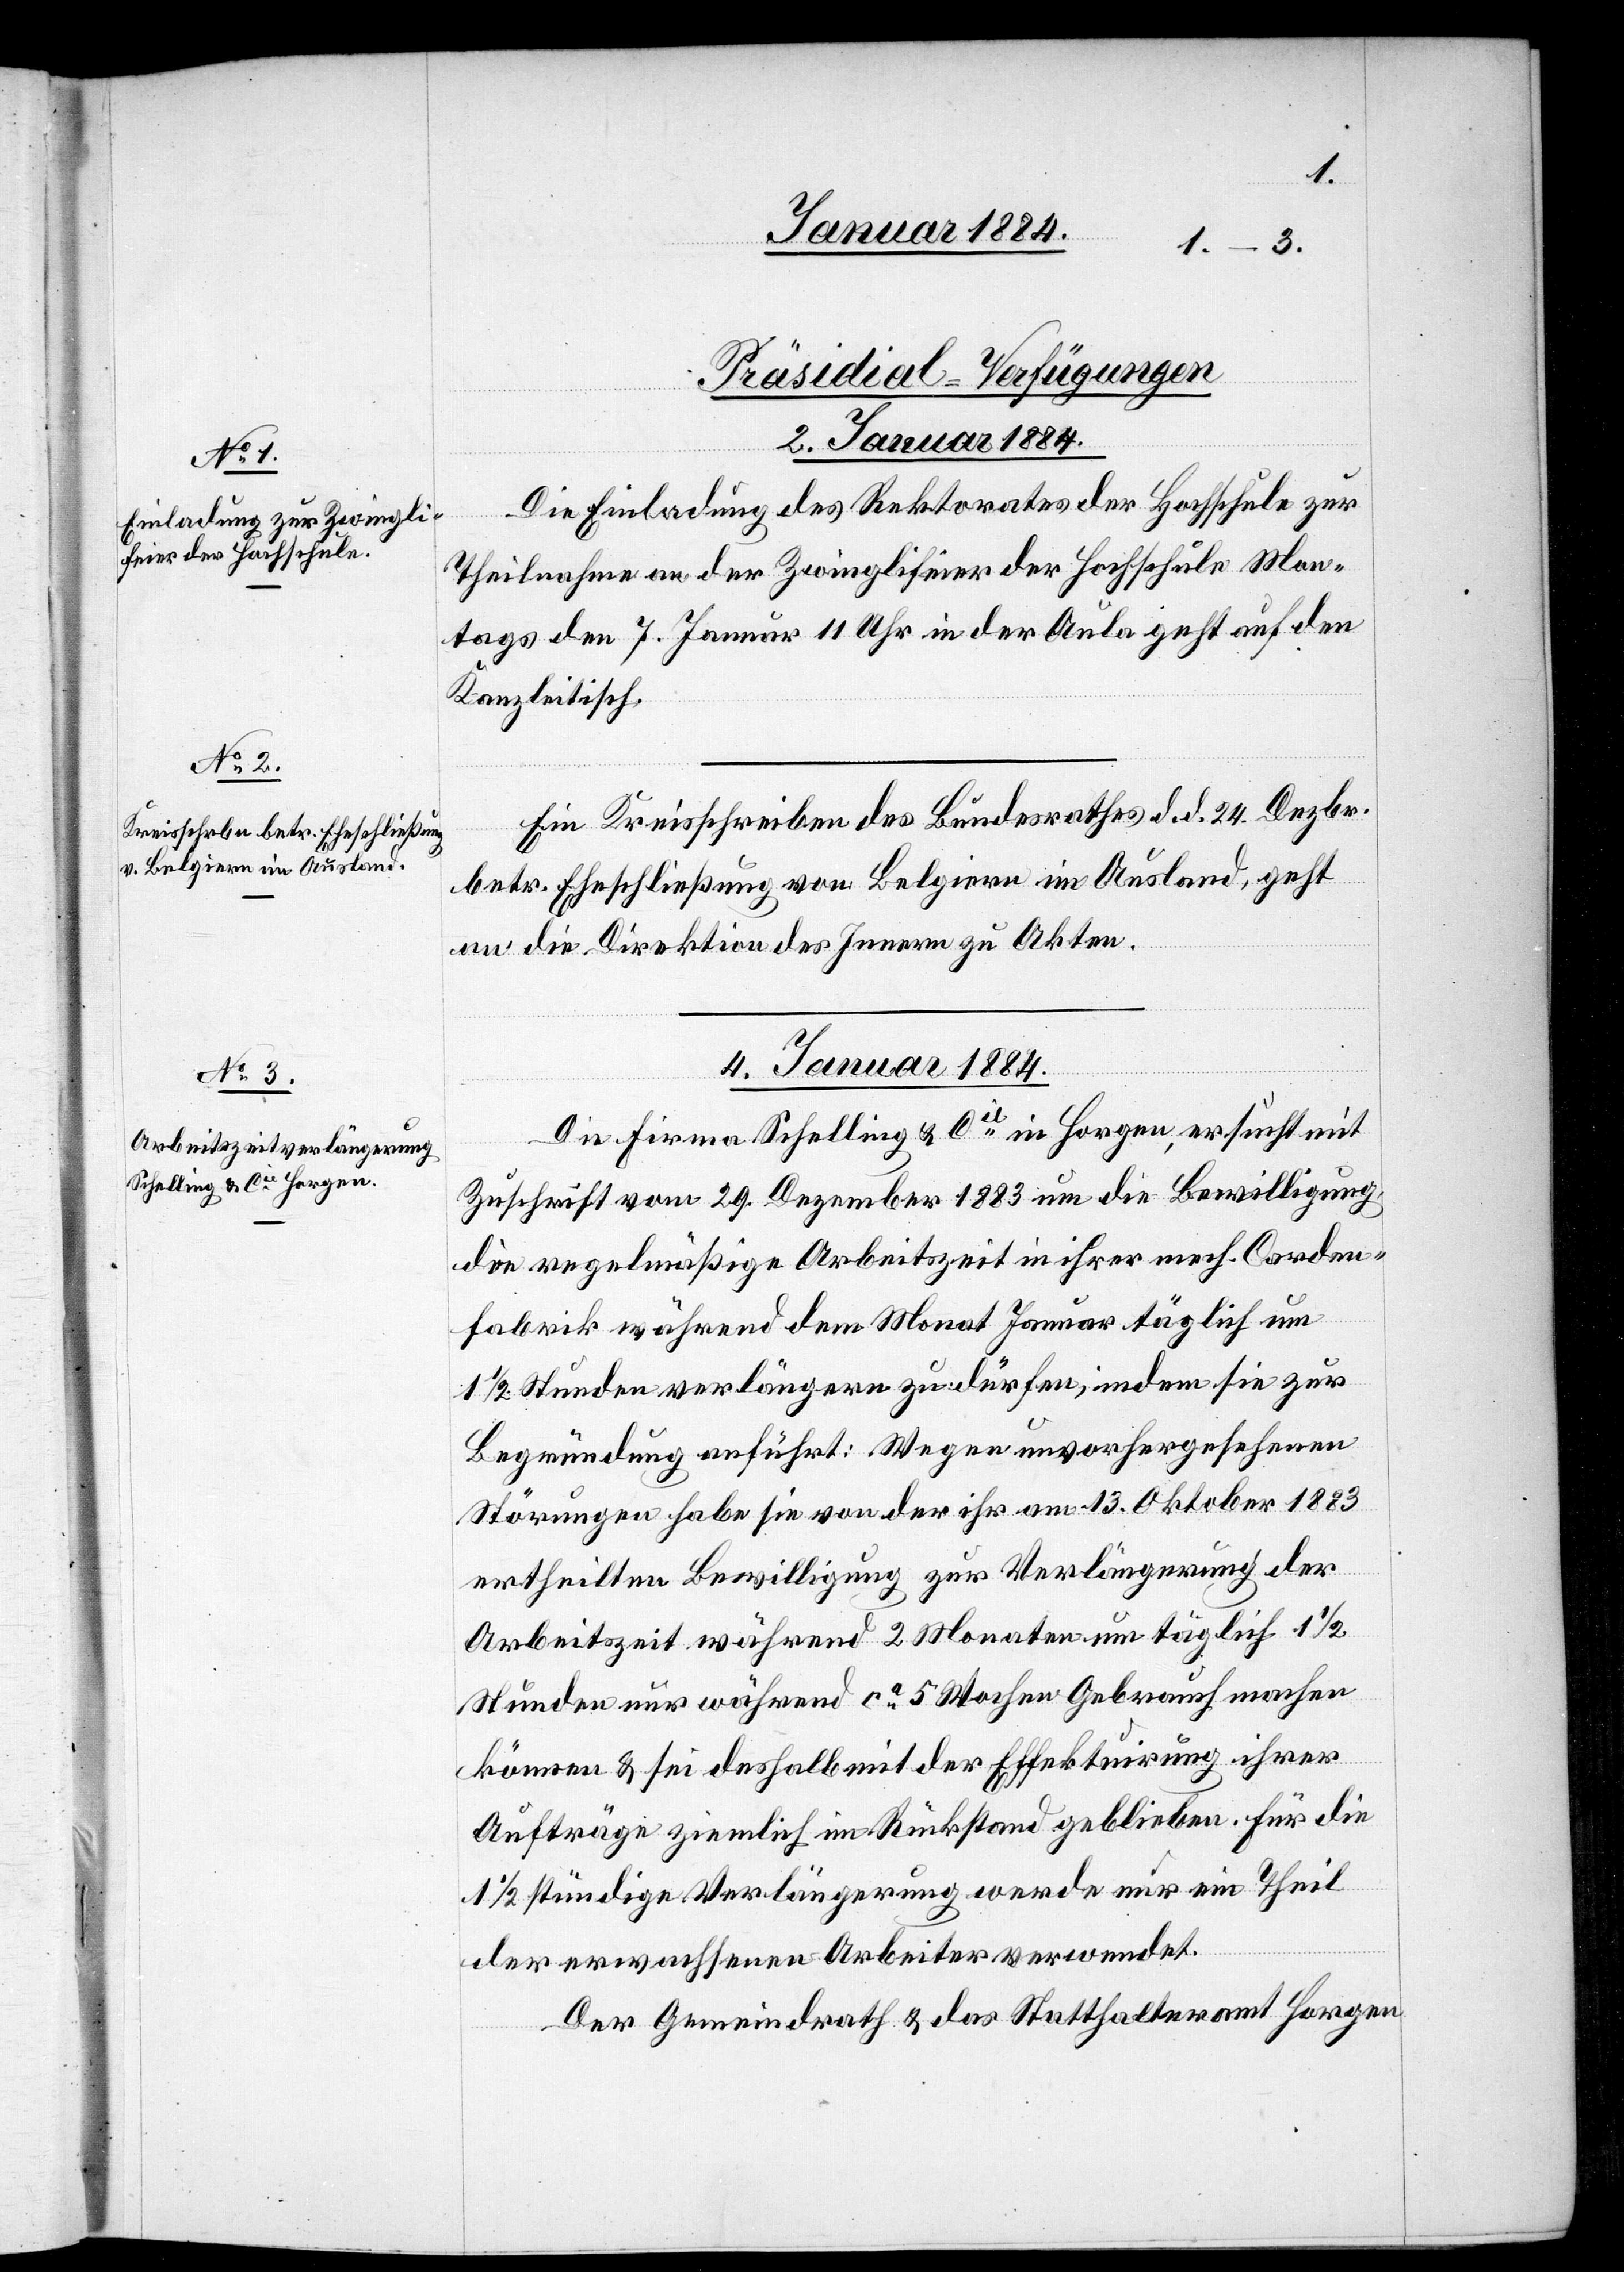
[Präsidial-Verfügungen]
2. Januar 1884.]
Die Einladung des Rektorates der Hochschule zur
Theilnahme an der Zwinglifeier der Hochschule Mon¬
tags den 7. Januar 11 Uhr in der Aula geht auf den
Kanzleitisch.
Ein Kreisschreiben des Bundesrathes d. d. 24. Dezbr.
betr. Eheschließung von Belgiern im Ausland, geht
an die Direktion des Innern zu Akten.
4. Januar 1884.
Die Firma Schelling & Cie in Horgen ersucht mit
Zuschrift vom 29. Dezember 1883 um die Bewilligung,
die regelmäßige Arbeitszeit in ihrer mech. Corden¬
fabrik während dem Monat Januar täglich um
1/2 Stunden verlängern zu dürfen, indem sie zur
Begründung anführt: Wegen unvorhergesehen
Störungen habe sie von der ihr am 13. Oktober 1883
ertheilten Bewilligung zur Verlängerung der
Arbeitszeit während 2 Monaten um täglich 1 1/2
Stunden nur während ca 5 Wochen Gebrauch machen
können & sei deshalb mit der Effektuirung ihrer
Aufträge ziemlich im Rückstand geblieben. Für die
1/2 stündige Verlängerung werde nur ein Theil
der erwachsenen Arbeiter verwendet.
Der Gemeindrath & das Statthalteramt Horgen